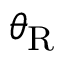
\theta _ { \mathrm { R } }